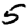
Digit: 5